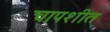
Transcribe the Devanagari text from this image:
चापशीत